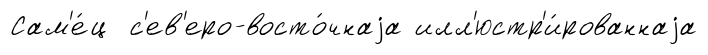
Сам'е́ц с'ев'еро-восто́чнаjа илл'юстр'и́рованнаjа